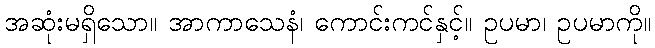
အဆုံးမရှိသော။ အာကာသေနံ၊ ကောင်းကင်နှင့်။ ဥပမာ၊ ဥပမာကို။